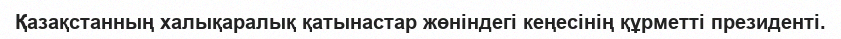
Қазақстанның халықаралық қатынастар жөніндегі кеңесінің құрметті президенті.